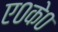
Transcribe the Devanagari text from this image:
ए०के०